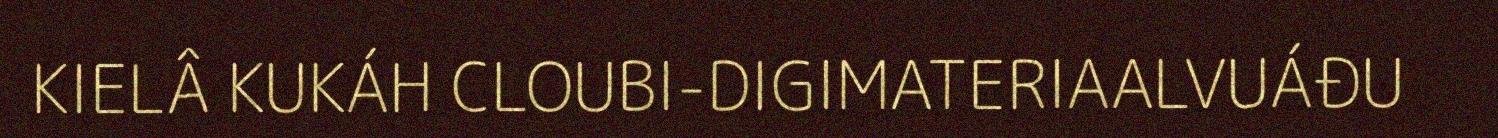
KIELÂ KUKÁH CLOUBI-DIGIMATERIAALVUÁĐU